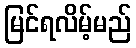
မြင်ရလိမ့်မည်